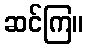
ဆင်ကြ။